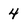
Character: 4